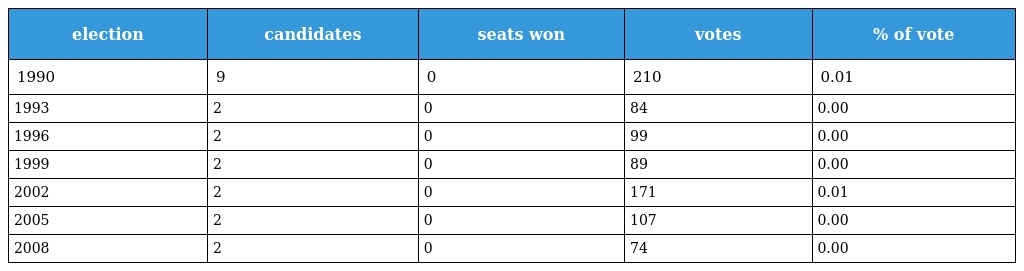
| election | candidates | seats won | votes | % of vote |
 | --- | --- | --- | --- | --- |
 | 1990 | 9 | 0 | 210 | 0.01 |
 | 1993 | 2 | 0 | 84 | 0.00 |
 | 1996 | 2 | 0 | 99 | 0.00 |
 | 1999 | 2 | 0 | 89 | 0.00 |
 | 2002 | 2 | 0 | 171 | 0.01 |
 | 2005 | 2 | 0 | 107 | 0.00 |
 | 2008 | 2 | 0 | 74 | 0.00 |